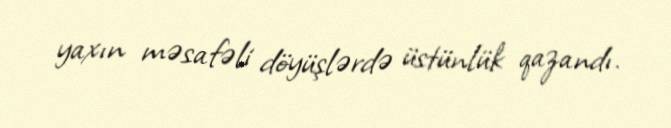
yaxın məsafəli döyüşlərdə üstünlük qazandı.